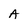
Character: A